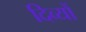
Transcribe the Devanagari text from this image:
दिव्यों